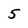
Character: 5